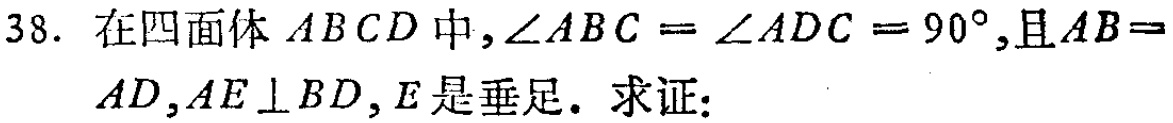
38. 在四面体 \(ABCD\) 中，\(\angle ABC = \angle ADC = 90^{\circ}\)，且 \(AB = AD\)，\(AE\perp BD\)，\(E\) 是垂足. 求证：